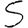
Digit: 5